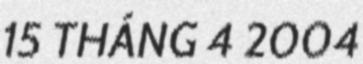
15 THÁNG 4 2004